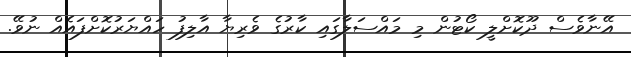
އޭނާވެސް ދޫކޮށްލީ ކޯޓުން މި މައްސަލާގައި ކާރުގެ ވެރިޔާ އާލިފު ހައްޔަރުކޮށްފައެއް ނުވޭ.